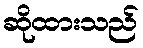
ဆိုထားသည်